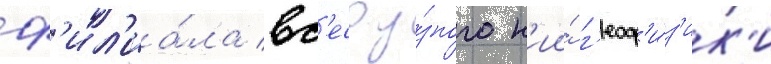
ф'ил'иа́ла вс'есоу́зного н'ии́ г'еоф'и́з'ик'и